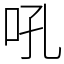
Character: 吼